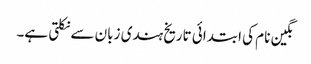
نگین نام کی ابتدائی تاریخ ہندی زبان سے نکلتی ہے۔